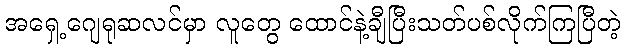
အရှေ့ဂျေရုဆလင်မှာ လူတွေ ထောင်နဲ့ချီပြီးသတ်ပစ်လိုက်ကြပြီတဲ့